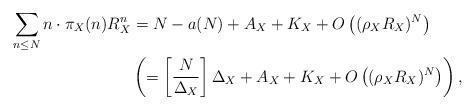
LaTeX: \begin{align*}\sum_{n \leq N} n \cdot \pi_{X}(n) R_{X}^{n} &= N- a(N)+ A_{X}+ K_{X}+ O \left( (\rho_{X} R_{X})^{N} \right) \\& \left( = \left[ \frac{N}{\Delta_{X}} \right] \Delta_{X}+ A_{X}+ K_{X}+ O \left( (\rho_{X} R_{X})^{N} \right) \right), \end{align*}